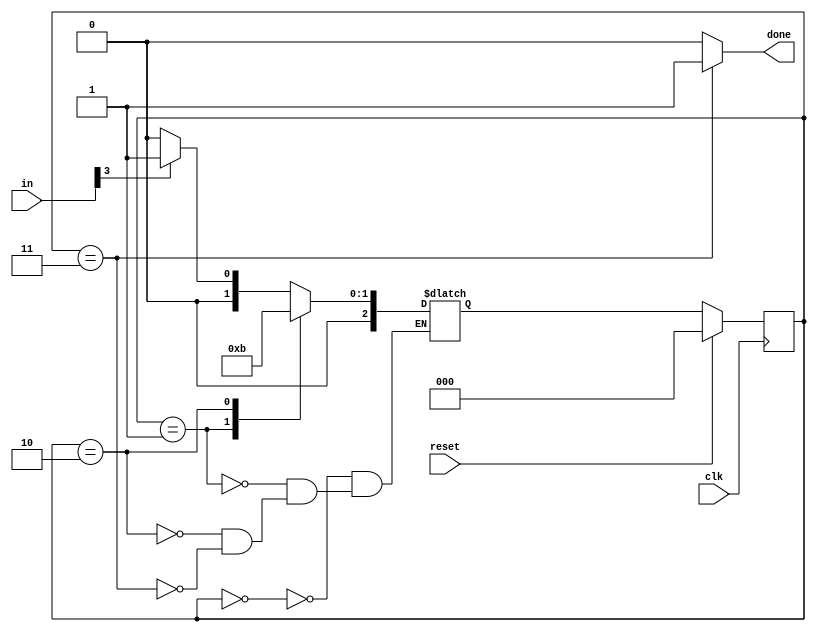
module top_module(
    input clk,
    input [7:0] in,
    input reset,    // Synchronous reset
    output done); //
    
    wire in_x ;
    assign in_x = in[3] ;
    
    parameter S0= 0, S1= 1, S2= 2,S3= 3;
    
    reg [2:0] state, next_state;
    
    // State flip-flops (sequential)
    always @(posedge clk)begin
        if(reset)
            state <= S0 ;
        else
            state <= next_state ;
    end
    
    // State transition logic (combinational)
    always @(*)begin
        done = 1'b0 ;
        case(state)
            S0: next_state = in_x ? S1: S0 ;
            S1: next_state = S2 ;
            S2: next_state = S3 ;
            S3: begin
                	next_state = in_x ? S1: S0;
                	done = 1'b1 ;
            	end
        endcase
    end
    

endmodule